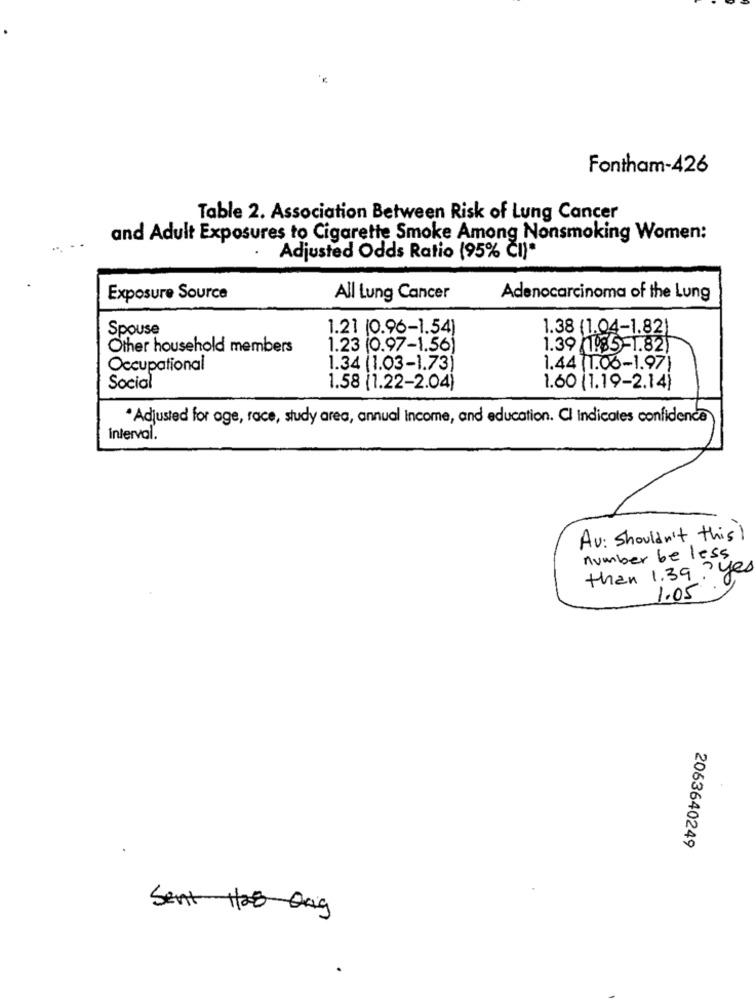
Fontham-426
Table 2. Association Between Risk of Lung Cancer
and Adult Exposures to Cigarette Smoke Among Nonsmoking Women:
Adjusted Odds Ratio (95% ČI)*
Exposure Source
All Lung Cancer
Adenocarcinoma of the Lung
Spouse
1.21 (0.96-1.54)
1.38 (1.04-1.82)
Other household members
1.23 (0.97-1.56)
1.39 (1985-1.82)
Occupational
1.34 (1.03-1.73)
1.44 1.06-1.97)
Social
1.58 (1.22-2.04)
1.60 (1.19-2.14)
* Adjusted for oge, race, study area, annual Income, and education. Cl Indicates confidence
interval.
Av: Shouldn't this!
number be less
than 1.39? yes
1.05
2063640249
Sent 1/28 Orig